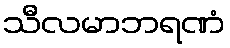
သီလမာဘရဏံ